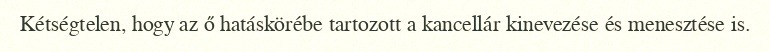
Kétségtelen, hogy az ő hatáskörébe tartozott a kancellár kinevezése és menesztése is.